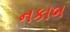
નકાબ